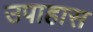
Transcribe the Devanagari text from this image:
उपाहास